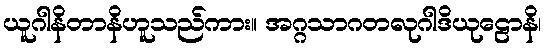
ယူဂါနိတာနိဟူသည်ကား။ အဂ္ဂသာဂတလုဂါဒိယုဠောနိ၊